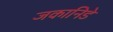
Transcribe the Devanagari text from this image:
जकानिडे